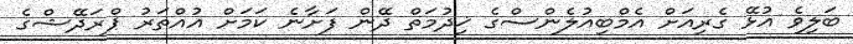
ބަލިވެ އުޅޭ ގެރިއަށް އެމްބިއުލެންސްގެ ޚިދުމަތް ދޭން ފަށާނެ ކަމަށް އުއްތަރު ޕްރަދޭޝްގެ